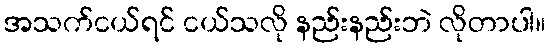
အသက်ငယ်ရင် ငယ်သလို နည်းနည်းဘဲ လိုတာပါ။